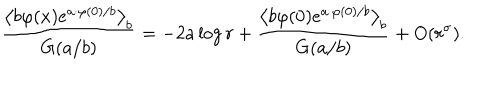
LaTeX: \frac { \left\langle b \varphi ( x ) e ^ { a \cdot \varphi ( 0 ) / b } \right\rangle _ { b } } { G ( a / b ) } = - 2 a \log r + \frac { \left\langle b \varphi ( 0 ) e ^ { a \cdot \varphi ( 0 ) / b } \right\rangle _ { b } } { G ( a / b ) } + O ( r ^ { \sigma } ) .